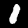
Digit: 1